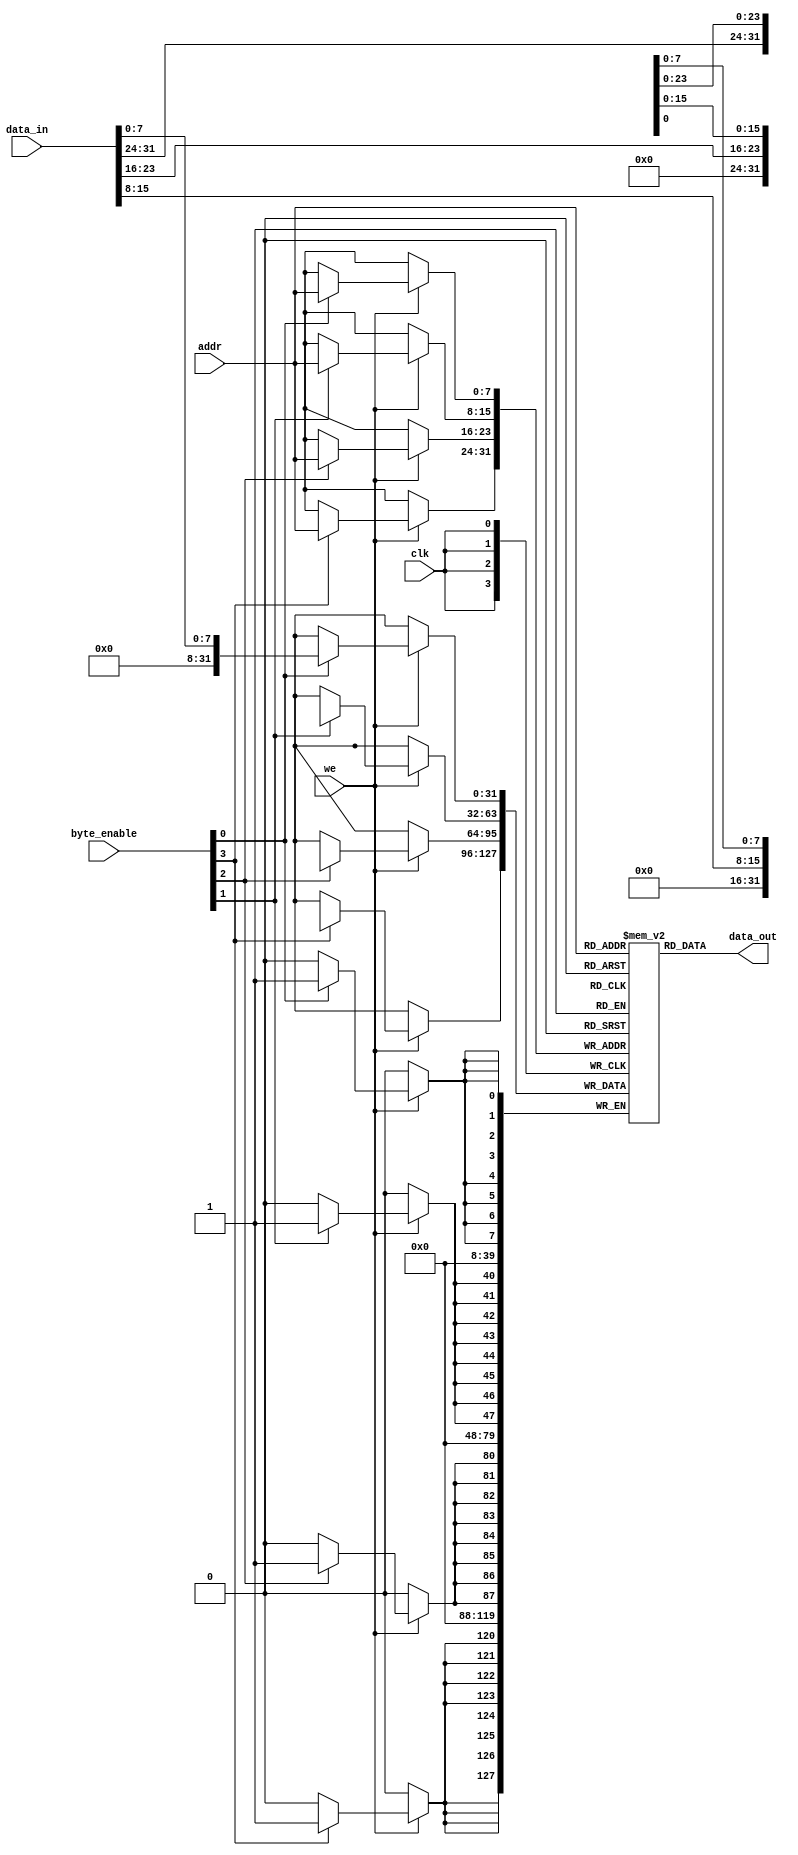
module io_cache_sram #(
    parameter CACHE_SIZE = 256,    // Number of words in cache
    parameter WORD_SIZE = 32        // Size of each word in bits
) (
    input wire                   clk,          // System clock
    input wire                   we,           // Write enable
    input wire [clog2(CACHE_SIZE)-1:0] addr, // Address line
    input wire [WORD_SIZE-1:0]   data_in,     // Input data
    input wire [WORD_SIZE/8-1:0] byte_enable, // Byte enable signals
    output reg [WORD_SIZE-1:0]   data_out     // Output data
);

// Memory array
reg [WORD_SIZE-1:0] memory [0:CACHE_SIZE-1];

// Write logic
always @(posedge clk) begin
    if (we) begin
        // Apply byte enables to write to memory
        if (byte_enable[0]) memory[addr][7:0]   <= data_in[7:0];
        if (byte_enable[1]) memory[addr][15:8]  <= data_in[15:8];
        if (byte_enable[2]) memory[addr][23:16] <= data_in[23:16];
        if (byte_enable[3]) memory[addr][31:24] <= data_in[31:24];
    end
end

// Read logic
always @(*) begin
    // Read the data from memory; no need for clock since it's asynchronous
    data_out = memory[addr];
end

// Function to calculate ceiling of log2(n) for address width
function integer clog2(input integer n);
    begin
        n = n - 1; // To account for 0-based indexing
        for (clog2 = 0; n > 0; clog2 = clog2 + 1)
            n = n >> 1;
    end
endfunction

endmodule